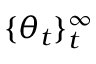
\{ \theta _ { t } \} _ { t } ^ { \infty }